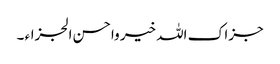
جزاک اللہ خیر واحسن الجزاء ۔